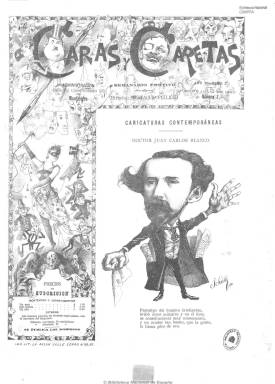
Título: Caras y caretas (Montevideo. 1890)
Colección: Revistas de información general
Ámbito geográfico: Uruguay
Lugar de publicación: Montevideo
Fechas: 20/07/1890-28/02/1892

Subtitulado como “semanario festivo” (salía los domingos), fue fundado y dirigido por el emigrado español Eustaquio Pellicer. Es una publicación en cuya primera página publica una caricatura dedicada, generalmente, a un personaje político. Sus contenidos, con textos tanto en prosa como en verso, e ilustrados con grabados, caricaturas, dibujos y viñetas, son críticas políticas y sociales. Dividida en secciones, como “Zig-zag”, escrita por su director, así como “Espectáculos”, “Teatros”, “Para ellas”, “Menudencias”, “Sport”, “Correspondencia particular” o “Epigramas”, utiliza también el estilo de la crónica o el de los avisos. Une la sátira con cierto periodismo literario.

A partir del 29 de noviembre de 1891, Pellicer abandona la publicación y le sustituye como director-propietario el dibujante Schütz, autor de las principales caricaturas que aparecen en su primera página, y como redactor Arturo A. Giménez, que firmará a partir de entonces la sección “Zig-zag” con la que se abría cada número. Estos eran, generalmente, de ocho páginas.

Se publicó hasta 1897. Un año después este título reaparece en Buenos Aires, convirtiéndose hasta 1939 en la revista argentina más popular de la década de los años treinta del siglo veinte.